Medical and sanitary report of the native army of Bengal for the year
Year: 1876
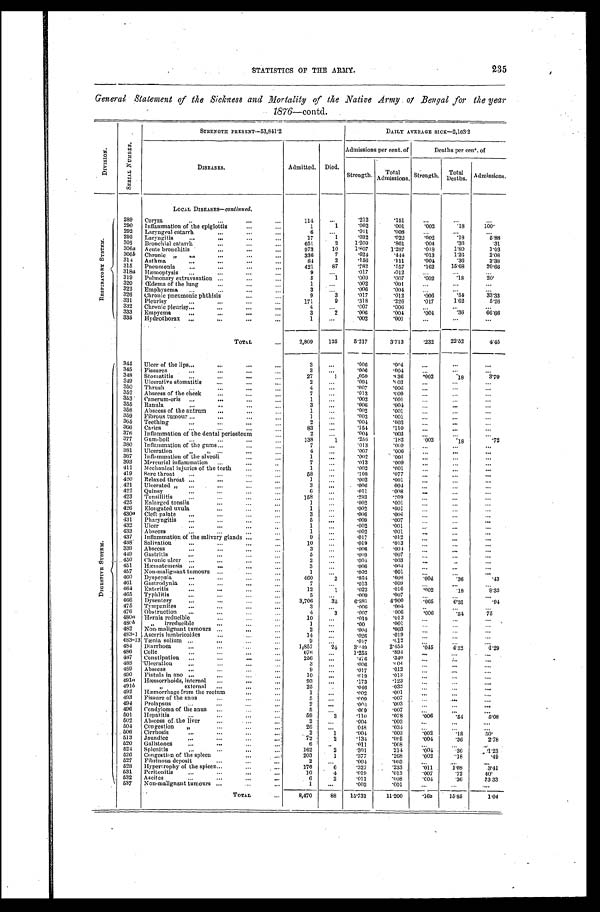
STATISTICS OF THE ARMY.
235
General Statement of the Sickness and Mortality of the Native Army of Bengal for the year
1876—contd.
D I V I S I O N .
S E R I A L N U M B E R .
STRENGTH PRESENT—53,841.2
DAILY AVERAGE SICK— 2,103.2
DISEASES.
Admitted. Died.
Admissions per cent. of
Deaths per cent . of
Strength.
Total
Admissions. Strength.
Total
Deaths. Admissions.
R E S P I R A T O R Y S Y S T E M .
D I G E S T I V E S Y S T E M .
LOCAL DISEASES—continued.
289
Coryza
. . . ...
...
...
114
. . .
.212
.151
. . .
. . .
...
290
Inflammation of the epiglottis . . .
. . .
...
1
1
. 002
. 001
. 0 0 2
.18
100.
292
Laryngeal catarrh
. . . ...
. . .
...
6
...
.011
.008
...
...
. . .
293
Laryngitis
...
. . .
...
...
17
1
.032
. 0 2 2
. 0 0 2
.18
5 . 8 8
305
Bronchial catarrh . . .
. . .
. . .
. . .
651
2
1.209
.861
. 0 0 4
.36
.31
306a Acute bronchitis
. . .
. . .
. . .
...
973
10
1.807
1.287
. 0 1 8
1.80
1.03
306b Chronic „
. . .
. . .
. . .
. . .
336
7
.624
.444
. 0 1 3
1.26
2.08
314
Asthma
. . .
. . .
. . .
...
84
2
.156
.111
. 0 0 4
.36
2.38
315
Pneumonia
...
. . .
. . .
...
421
87
.782
.557
. 1 6 2
15.68
20.66
318a Hæmoptysis
. . .
. . .
. . .
. . .
9
. . .
.017
.012
...
. . .
. . .
319
Pulmonary extravasation . . .
. . .
. . .
...
5
1
.009
.007
. 0 0 2
.18
20.
320
Œdema of the lung
. . .
. . .
...
1
. . .
.002
.001
...
. . .
. . .
322
Emphysema
...
. . .
. . .
...
3
. . .
.006
.004
...
. . .
. . .
326
chronic pneumonic phthisis
. . .
...
9
3
.017
.012
. 0 0 6
.54
33.33
331
Plcurisy
...
. . .
. . .
...
171
9
.318
.226
. 0 1 7
1.62
5.26
332
Chronic pleurisy... . . .
. . .
. . .
...
4
. . .
. 0 0 7
.006
...
. . .
. . .
333
Empyema
...
. . .
. . .
...
3
2
.006
.004
. 0 0 4
.36
66.66
335
Hydrothorax . . .
. . .
...
...
1
. . .
.002
. 0 0 1
...
. . .
...
TOTAL
...
2,809
125
5.217
3.713
. 2 3 2
22.52
4.45
344
Ulcer of the lips
...
...
...
3
. . . .006
.004
...
. . .
. . .
345
Fissure-
. . .
. . .
..,
...
3
. . .
.006
.004
. . .
. . .
. . .
348
St omatitis
. . .
. . .
...
...
27
1
.050
.036
. 0 0 2
. 1 8
3.70
349
Ulcerative stomatitis
. . .
. . .
. . .
2
...
.004
. 0 0 3
...
. . .
. . .
350
Thrush
..
. . .
. . .
...
4
...
.007
.006
...
. . .
...
352
Abscess of the cheek
...
. . .
...
7
. . .
.013
.609
. . .
. . .
. . .
353
Cancrum-oris ...
. . .
. . .
. . . .
1
. . .
.002
.001
...
. . .
. . .
355
Ranula
. . .
. . .
. . .
...
3 ...
.006
.004
. . .
. . .
. . .
358
...
Abscess of the antrum
. . .
. . .
...
1
. . .
.002
.001
...
...
...
359
Fibrous tumour
...
. . .
...
1 ...
.002
.001
...
. . .
. . .
365
Teething
. . .
. . .
. . .
...
2
...
.004
.003
...
. . .
. . .
366
Caries
. . .
. . .
. . . ...
83
...
.154
.110
...
. . .
. . .
376
Inflammation of the dental periosteum
. . .
2 ...
.004
.003
...
...
...
377
Gum-boil
...
. . .
. . .
...
138
1
.256
.182
. 0 0 2
.18
.72
380
Inflammation of the gums
. . .
. . .
7
...
.013
.009
. . .
. . .
. . .
381
Ulceration
. . . ,
. . .
. . .
. . .
4
...
.007
.006
. . .
. . .
. . .
387
Inflammation of the alveoli
....
. . .
1
...
.002
.001
. . .
...
. . .
393
Mercurial inflammation
. . .
,,,
...
7
,,,
.013
.009
. . .
. . .
. . .
411
Mechanical injuries of the teeth
. . .
...
1 ...
.002
.001
...
. . .
. . .
419
Sore throat
...
...
. . .
. . .
58
. . .
.108
.077
. . .
. . .
. . .
420
Relaxed throat
...
...
. . .
1
...
.002
.001
. . .
...
. . .
421
Ulcerated
. . .
. . .
. . .
...
3
...
.006
. 0 0 4
. . .
. . .
. . .
422
Quinsy
. . .
..,
. . .
. . .
6 ...
.011
.008
. . .
. . . ...
423
Tonsillitis
. . .
. . .
. . .
...
158 ...
.293
.209
...
. . .
. . .
425
Enlarged tonsils
. . .
. . .
...
1
...
.002
.001
. . .
. . .
. . .
426
Elongated uvula
. . .
. . .
. . .
1
...
.002
.0.01
. . .
. . .
. . .
430a Cleft palate
. . .
. . .
. . .
. . .
3 ...
.006
.004
. . .
. . .
. . .
431
Pharyngitis
. . .
. . .
. . .
...
5
. . .
.009
.007
...
...
. . .
432
Ulcer
. . .
. . .
. . .
. . .
1 ...
.002
.001
...
. . . ...
433
Abscess
. . .
. . .
. . .
...
1
. . .
.002
.001
. . .
...
. . .
437
Inflammation of the salivary glands
. . .
9 ...
.017
.012
. . .
. . .
. . .
438.
Salivation
...
. . .
...
...
10
. . .
.019
.013
...
...
...
339
Abscess
...
. . .
. . .
...
3
...
.006
.004
. . .
. . .
. . .
449
Gastritis
...
...
. . .
...
5
...
.009
.007
. . .
. . . ...
450
Chronic ulcer ...
...
. . .
. . .
2 ...
.004
.003
. . .
...
. . .
451
Hæmatemesis ...
. . .
. . .
...
3
. . .
.006
.004
. . .
. . .
. . .
457
Non-malignant tumours
. . .
. . .
1 ...
.002
.001
. . .
...
. . .
460
Dyspepsia
...
. . .
...
...
460
2
.854
.608
. 0 0 4
.36
.43
461
Gastrodynia
. . .
. . .
. . .
...
7
. . .
.013
.009
... ...
. . .
464
Enteritis
. . .
. . .
. . .
...
12
1
.022
.016
. 0 0 2
. 1 8
8 . 3 3
465
Typhlitis
. . .
..,
. . .
. . .
5
...
.009
..007
. . .
. . .
. . .
466
Dysentery
. . .
...
. . .
...
3,706
35
6.881
4.900
. 0 6 5
6.31
.04
475
Tympanites
...
. . .
. . .
. . .
3
. . .
.006
.004
...
. . .
. . .
476
Obstruction
. . .
...
. . .
...
4
3
.007
.006
. 0 0 6
.54
75
480a Hernia reducible
...
. . .
...
10
. . .
.019
.013
. . . ...
. . .
480b
„
irreducible
...
. . .
...
1
...
.00
.001
...
...
. . .
482
Non-malignant tumours ...
. . .
...
2
...
.004
.003
. . .
. . .
. . .
483-1 Ascaris lumbricoides
. . .
. . .
...
14
...
.026
.019
...
...
. . .
483-13 Tænia solium ...
. . .
...
...
9 ...
.017
. 0 . 1 2
. . .
. . .
. . .
484
Diarrhoea
...
. . .
. . .
...
1.857
24
3.449
2.455
. 0 1 5
4.32
1.29
486
Colic
. . .
. . .
. . .
...
676
. . .
1.255
.894
...
...
. . .
487
Constipation
. . .
...
. . .
...
256
...
.476
.340
...
. . .
. . .
488
Ulceration
,,,
...
. . .
...
3 ...
.006
. 0 0 4
...
...
...
489
Abscess
. . .
. . .
. . .
...
. . . ...
.017
.012
...
...
...
490
Fistula in ano ...
. . .
. . .
...
10
...
.019
.013
. . .
...
. . .
491a. Hæmorrhoids, internal
...
...
...
93
. . .
.173
.123
. . .
. . . ...
491b
„
external
...
. . .
...
25 ...
.046
.033
...
. . .
. . .
492
Hæmorrhage from the rectum
...
....
1
. . .
.002
.001
. . .
. . .
. . .
493
Fissure of the anus
. . .
. . .
...
5
. . .
.009
.007
...
. . .
. . .
494
Prolapsus
...
. . .
...
...
2
...
.004
.003
...
...
...
496
Condyloma of the anus
. . .
. . .
...
5 ...
.009
.007
. . .
. . .
. . .
501
Hepatitis
...
. . .
. . .
...
59
3
. 1 1 0
.078
. 0 0 6
.54
5.08
502
Abscess of the liver
...
...
...
2
...
.004
.003
. . .
. . .
. . .
504
Con gestion
„
...
. . .
...
26 ...
.048
.034
...
. . .
. . .
506
Cirrhosis
...
...
...
...
2
1
.004
.003
. 0 0 2
.18
50.
513
Jaundice
...
...
. . .
. . .
72
2
.134
.095
. 0 0 4
.36
2.78
520
Gallstones
...
...
...
. . .
6
. . .
.011
. 0 0 8
. . . ...
...
524
Splenitis
...
...
...
...
]62
2
301
.214
. 0 0 4
.36
1.23
526
Congestion of the splee
. . .
. . .
203
1
.377
.268
. 0 0 2
.18
.49
527
Fibrinous deposit
...
...
...
2
. . .
.004
.003
...
. . .
. . .
528
Hypertrophy of the spleen
. . .
...
. 1 7 6
6
.327
.233
. 0 1 1
1.08
3.41
531
Peritonitis
...
. . .
...
...
]0
4
.019
. 0 1 3
. 0 0 7
.72
40.
532
Ascites
. . . ...
...
. . .
6
2
.011
.008
. 0 0 4
.36
23.33
537
Non-malignant tumours ...
. . .
...
1
...
.002
.001
...
...
. . .
TOTAL
...
8,470
88
15.731
11.200
. 1 6 3
1 5 . 8 5
1.04